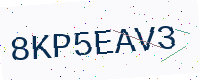
Text: 8KP5EAV3